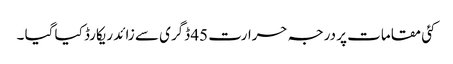
کئی مقامات پر درجہ حرارت 45 ڈگری سے زائد ریکارڈ کیا گیا ۔